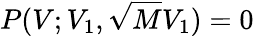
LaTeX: P(V;V_{1},\sqrt{M}V_{1})=0